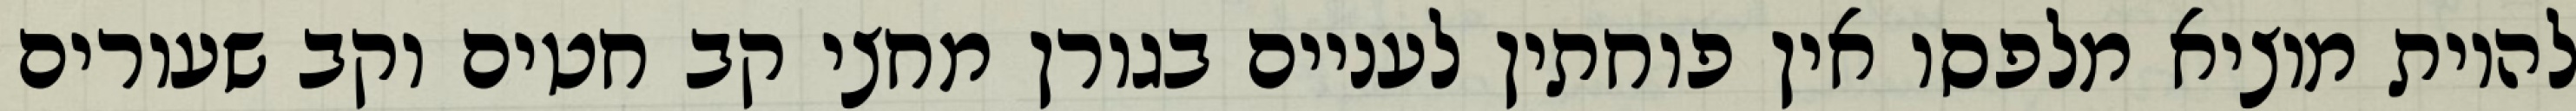
להיות מוציא מלפסו אין פוחתין לעניים בגורן מחצי קב חטים וקב שעורים